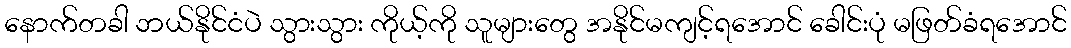
နောက်တခါ ဘယ်နိုင်ငံပဲ သွားသွား ကိုယ့်ကို သူများတွေ အနိုင်မကျင့်ရအောင် ခေါင်းပုံ မဖြတ်ခံရအောင်